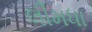
લીમધા